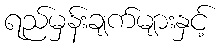
ရည်မှန်းချက်များနှင့်